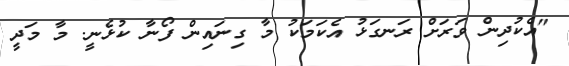
"އެކުދިން ވަރަށް ރަނގަޅު އެކަމަކު މާ ގިނައިން ފޯނާ ކުޅެނީ. މާ މަދީ